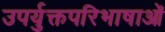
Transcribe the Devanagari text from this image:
उपर्युक्तपरिभाषाओं